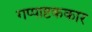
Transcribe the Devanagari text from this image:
गप्पाष्टककार